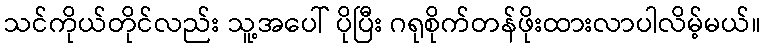
သင်ကိုယ်တိုင်လည်း သူ့အပေါ် ပိုပြီး ဂရုစိုက်တန်ဖိုးထားလာပါလိမ့်မယ်။